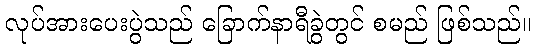
လုပ်အားပေးပွဲသည် ခြောက်နာရီခွဲတွင် စမည် ဖြစ်သည်။